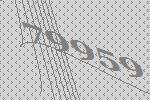
79959